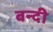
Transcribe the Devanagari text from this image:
बन्‍दी